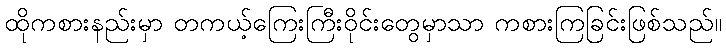
ထိုကစားနည်းမှာ တကယ့်ကြေးကြီးဝိုင်းတွေမှာသာ ကစားကြခြင်းဖြစ်သည်။